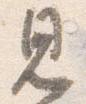
見